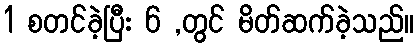
1 စတင်ခဲ့ပြီး 6 ,တွင် မိတ်ဆက်ခဲ့သည်။